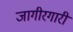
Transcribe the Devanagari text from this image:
जागीरगारी